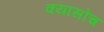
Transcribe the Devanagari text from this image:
क्यासोच